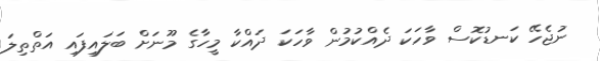
ނުޖެހޭ ކަނޑުކޮސް ވާހަކަ ދެއްކުމުން ވާހަކަ ދައްކާ މީހާގެ މޫނަށް ބަލައިފައި އަތްތިލަ